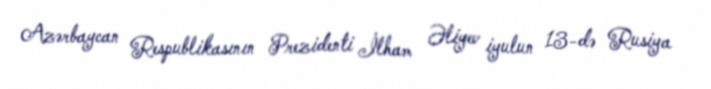
Azərbaycan Respublikasının Prezidenti İlham Əliyev iyulun 13-də Rusiya